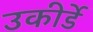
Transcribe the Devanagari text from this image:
उकीर्डे